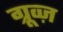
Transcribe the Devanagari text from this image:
ग्रूव्ज़